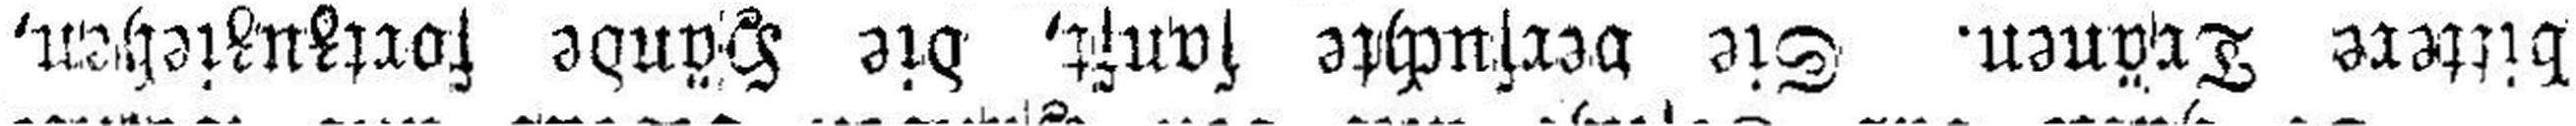
bittere Tränen. Sie versuchte sanft, die Hände fortzuziehen,